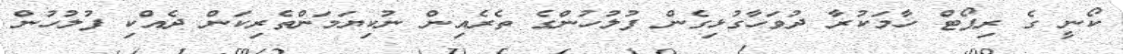
ކޯނީ ގެ ރިޕޯޓް ހާމަކުރާ ދުވަހާގުޅިގެން ފުލުހުންގެ ތެރެއިން ނުކިޔަމަންތެރިކަން ދެއްކި ފުލުހުން